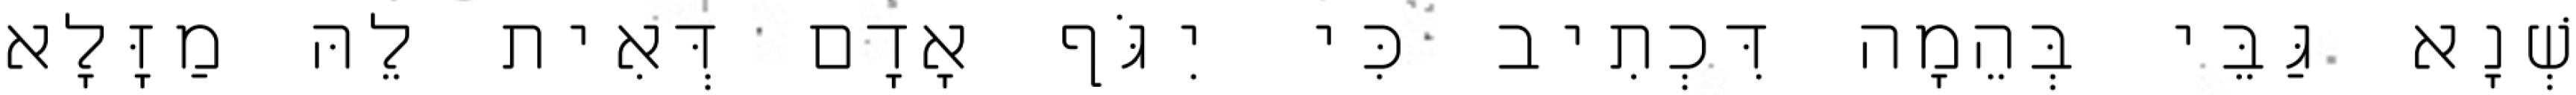
שְׁנָא גַּבֵּי בְּהֵמָה דִּכְתִיב כִּי יִגֹּף אָדָם דְּאִית לֵהּ מַזָּלָא